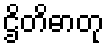
ဌိတိဓာတု